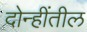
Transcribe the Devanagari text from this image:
दोन्हींतील